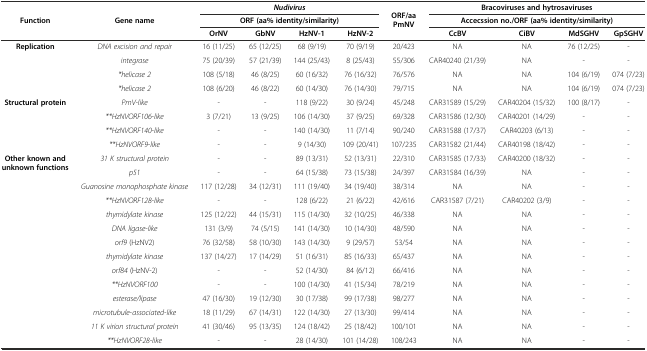
<table><thead><tr><td rowspan="3"><b>Function</b></td><td rowspan="3"><b>Gene name</b></td><td colspan="4"><b><i>Nudivirus</i></b></td><td rowspan="3"><b>ORF/aa PmNV</b></td><td colspan="4"><b>Bracoviruses and hytrosaviruses</b></td></tr><tr><td colspan="4"><b>ORF (aa% identity/similarity)</b></td><td colspan="4"><b>Accecssion no./ORF (aa% identity/similarity)</b></td></tr><tr><td><b>OrNV</b></td><td><b>GbNV</b></td><td><b>HzNV-1</b></td><td><b>HzNV-2</b></td><td><b>CcBV</b></td><td><b>CiBV</b></td><td><b>MdSGHV</b></td><td><b>GpSGHV</b></td></tr></thead><tbody><tr><td><b>Replication</b></td><td><i>DNA excision and repair</i></td><td>16 (11/25)</td><td>65 (12/25)</td><td>68 (9/19)</td><td>70 (9/19)</td><td>20/423</td><td>NA</td><td>NA</td><td>76 (12/25)</td><td>-</td></tr><tr><td></td><td><i>integrase</i></td><td>75 (20/39)</td><td>57 (21/39)</td><td>144 (25/43)</td><td>8 (25/43)</td><td>55/306</td><td>CAR40240 (21/39)</td><td>NA</td><td>-</td><td>-</td></tr><tr><td></td><td><i>*helicase 2</i></td><td>108 (5/18)</td><td>46 (8/25)</td><td>60 (16/32)</td><td>76 (16/32)</td><td>76/576</td><td>NA</td><td>NA</td><td>104 (6/19)</td><td>074 (7/23)</td></tr><tr><td></td><td><i>*helicase 2</i></td><td>108 (6/20)</td><td>46 (8/22)</td><td>60 (14/30)</td><td>76 (14/30)</td><td>79/715</td><td>NA</td><td>NA</td><td>104 (6/19)</td><td>074 (7/23)</td></tr><tr><td><b>Structural protein</b></td><td><i>PmV-like</i></td><td>-</td><td>-</td><td>118 (9/22)</td><td>30 (9/24)</td><td>45/248</td><td>CAR31589 (15/29)</td><td>CAR40204 (15/32)</td><td>100 (8/17)</td><td>-</td></tr><tr><td></td><td><i>**HzNVORF106-like</i></td><td>3 (7/21)</td><td>13 (9/25)</td><td>106 (14/30)</td><td>37 (9/25)</td><td>69/328</td><td>CAR31586 (12/30)</td><td>CAR40201 (14/29)</td><td>-</td><td>-</td></tr><tr><td></td><td><i>**HzNVORF140-like</i></td><td>-</td><td>-</td><td>140 (14/30)</td><td>11 (7/14)</td><td>90/240</td><td>CAR31588 (17/37)</td><td>CAR40203 (6/13)</td><td>-</td><td>-</td></tr><tr><td></td><td><i>**HzNVORF9-like</i></td><td>-</td><td>-</td><td>9 (14/30)</td><td>109 (20/41)</td><td>107/235</td><td>CAR31582 (21/44)</td><td>CAR40198 (18/42)</td><td>-</td><td>-</td></tr><tr><td rowspan="2"><b>Other known and unknown functions</b></td><td><i>31 K structural protein</i></td><td>-</td><td>-</td><td>89 (13/31)</td><td>52 (13/31)</td><td>22/310</td><td>CAR31585 (17/33)</td><td>CAR40200 (18/32)</td><td>-</td><td>-</td></tr><tr><td><i>p51</i></td><td>-</td><td>-</td><td>64 (15/38)</td><td>73 (15/38)</td><td>24/397</td><td>CAR31584 (16/39)</td><td>NA</td><td>-</td><td>-</td></tr><tr><td rowspan="6"></td><td><i>Guanosine monophosphate kinase</i></td><td>117 (12/28)</td><td>34 (12/31)</td><td>111 (19/40)</td><td>34 (19/40)</td><td>38/314</td><td>NA</td><td>NA</td><td>-</td><td>-</td></tr><tr><td><i>**HzNVORF128-like</i></td><td>-</td><td>-</td><td>128 (6/22)</td><td>21 (6/22)</td><td>42/616</td><td>CAR31587 (7/21)</td><td>CAR40202 (3/9)</td><td>-</td><td>-</td></tr><tr><td><i>thymidylate kinase</i></td><td>125 (12/22)</td><td>44 (15/31)</td><td>115 (14/30)</td><td>32 (10/25)</td><td>46/338</td><td>NA</td><td>NA</td><td>-</td><td>-</td></tr><tr><td><i>DNA ligase-like</i></td><td>131 (3/9)</td><td>74 (5/15)</td><td>141 (14/30)</td><td>10 (14/30)</td><td>48/590</td><td>NA</td><td>NA</td><td>-</td><td>-</td></tr><tr><td><i>orf9</i> (HzNV2)</td><td>76 (32/58)</td><td>58 (10/30)</td><td>143 (14/30)</td><td>9 (29/57)</td><td>53/54</td><td>NA</td><td>NA</td><td>-</td><td>-</td></tr><tr><td><i>thymidylate kinase</i></td><td>137 (14/27)</td><td>17 (14/29)</td><td>51 (16/31)</td><td>85 (16/33)</td><td>65/437</td><td>NA</td><td>NA</td><td>-</td><td>-</td></tr><tr><td></td><td><i>orf84</i> (HzNV-2)</td><td>-</td><td>-</td><td>52 (14/30)</td><td>84 (6/12)</td><td>66/416</td><td>NA</td><td>NA</td><td>-</td><td>-</td></tr><tr><td></td><td><i>**HzNVORF100</i></td><td>-</td><td>-</td><td>100 (14/30)</td><td>41 (15/34)</td><td>78/219</td><td>NA</td><td>NA</td><td>-</td><td>-</td></tr><tr><td></td><td><i>esterase/lipase</i></td><td>47 (16/30)</td><td>19 (12/30)</td><td>30 (17/38)</td><td>99 (17/38)</td><td>98/277</td><td>NA</td><td>NA</td><td>-</td><td>-</td></tr><tr><td></td><td><i>microtubule-associated-like</i></td><td>18 (11/29)</td><td>67 (14/31)</td><td>122 (14/30)</td><td>27 (13/30)</td><td>99/414</td><td>NA</td><td>NA</td><td>-</td><td>-</td></tr><tr><td></td><td><i>11 K virion structural protein</i></td><td>41 (30/46)</td><td>95 (13/35)</td><td>124 (18/42)</td><td>25 (18/42)</td><td>100/101</td><td>NA</td><td>NA</td><td>-</td><td>-</td></tr><tr><td></td><td><i>**HzNVORF28-like</i></td><td>-</td><td>-</td><td>28 (14/30)</td><td>101 (14/28)</td><td>108/243</td><td>NA</td><td>NA</td><td>-</td><td>-</td></tr></tbody></table>